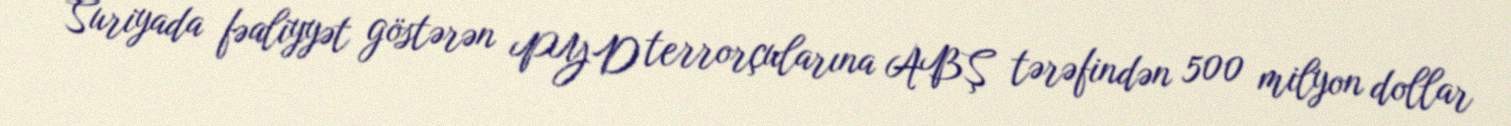
Suriyada fəaliyyət göstərən PYD terrorçularına ABŞ tərəfindən 500 milyon dollar